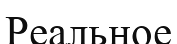
Реальное